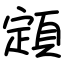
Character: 顁